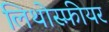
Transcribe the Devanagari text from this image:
लिथोस्फ़ीयर